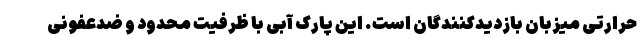
حرارتی میزبان بازدیدکنندگان است. این پارک آبی با ظرفیت محدود و ضدعفونی